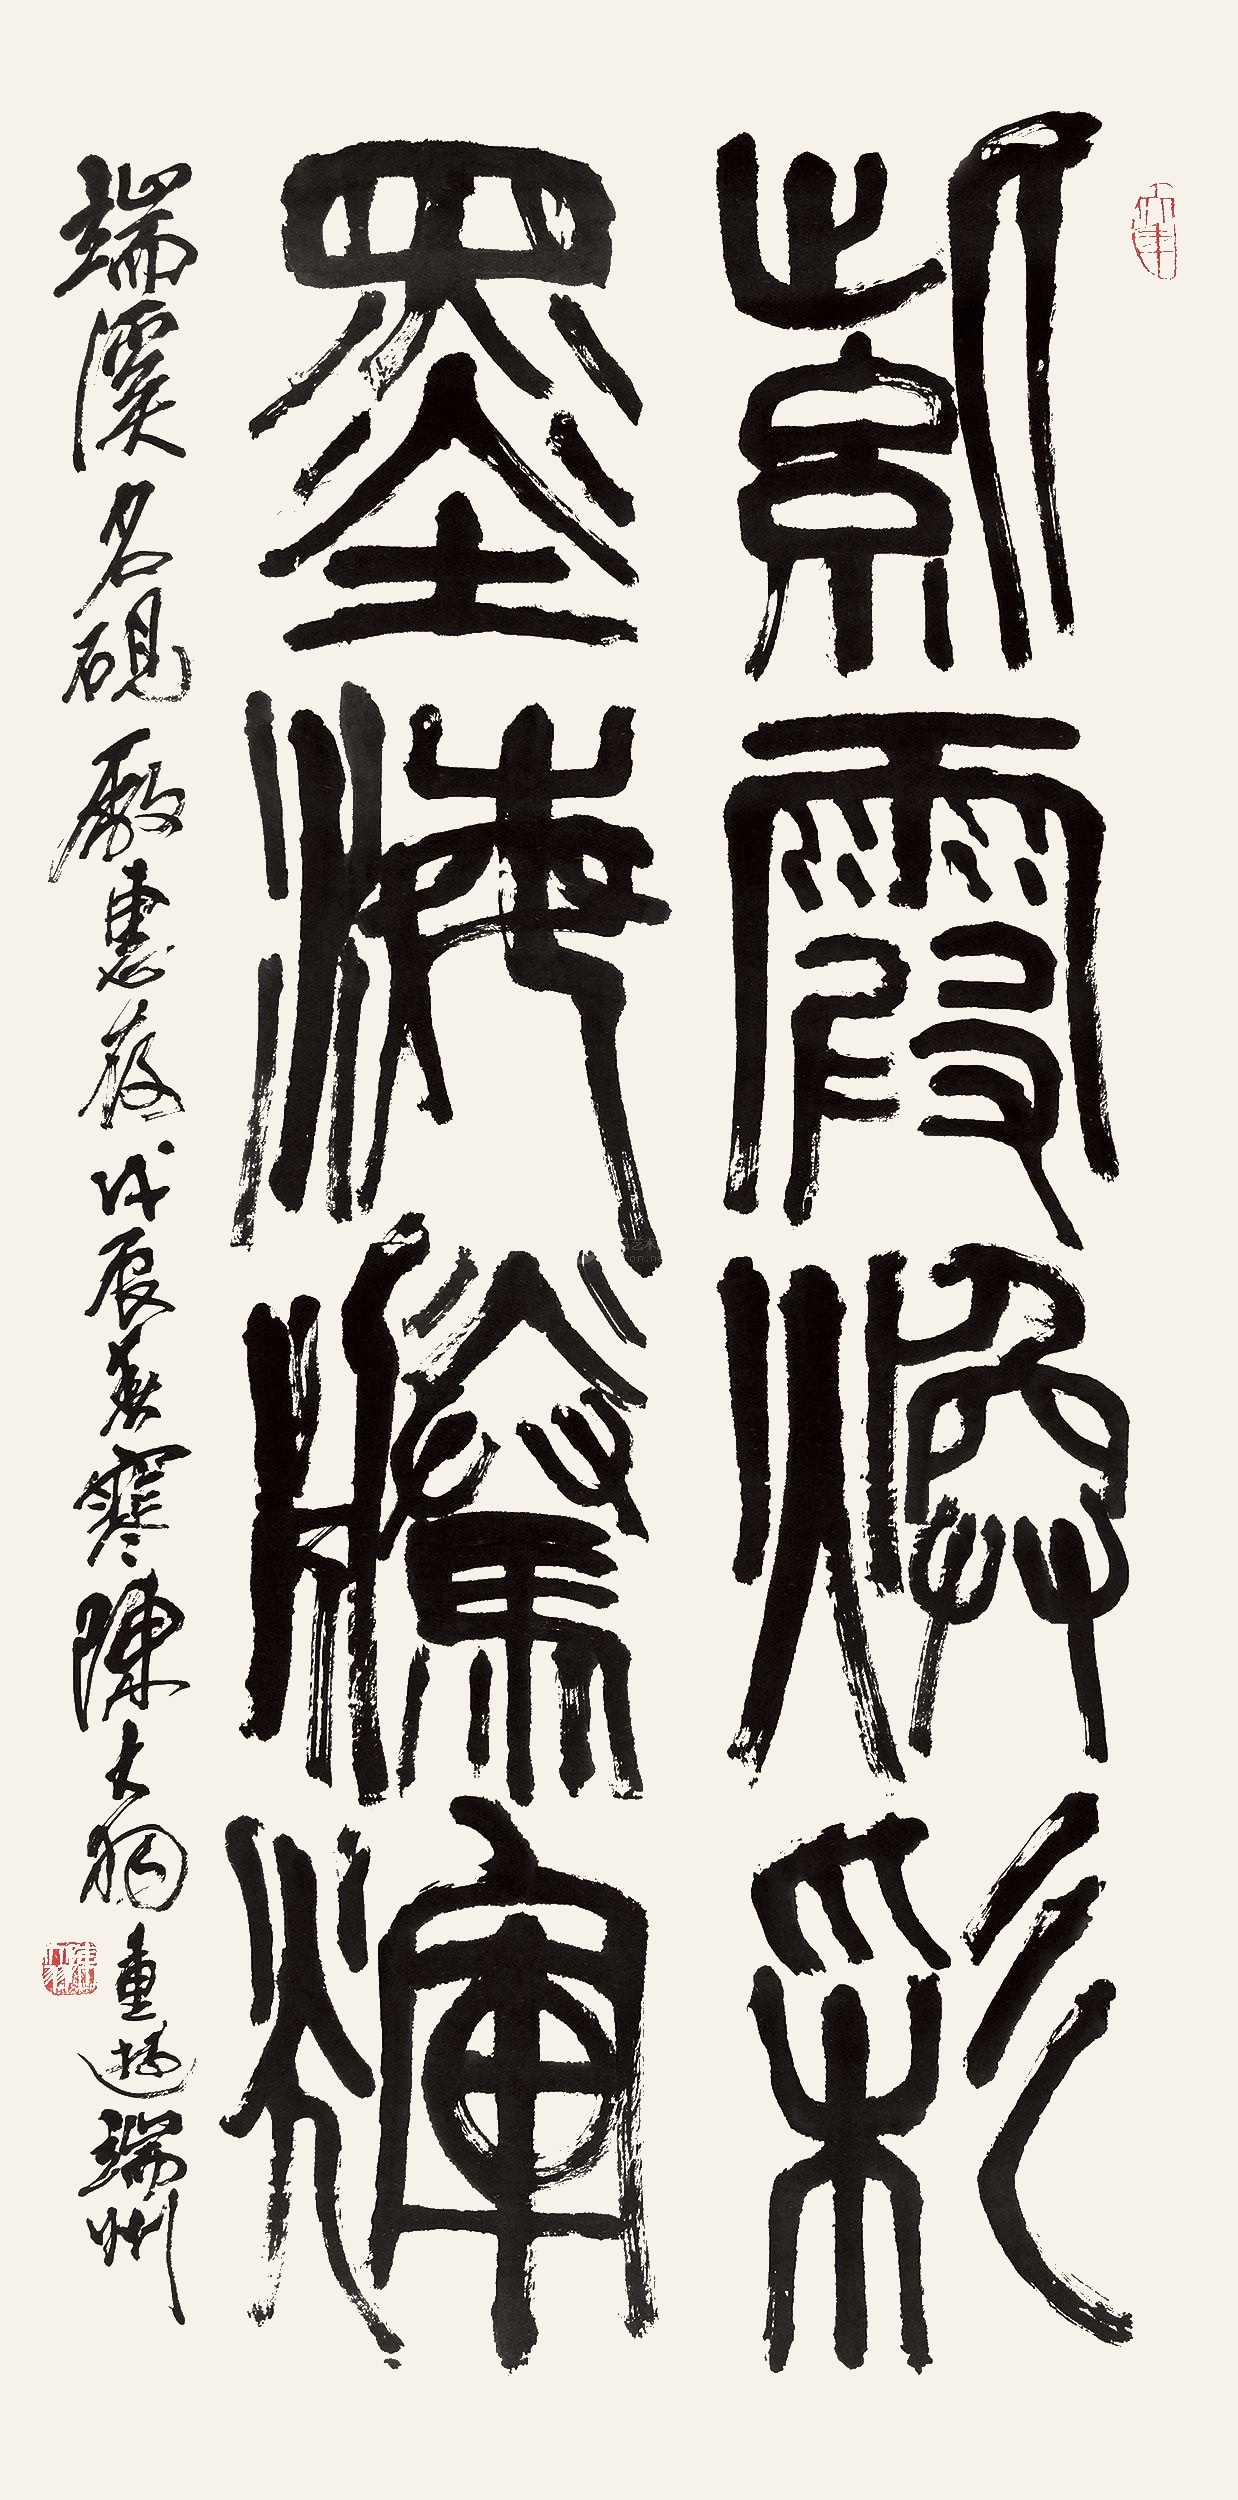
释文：紫霞焕彩，墨海腾辉。端溪名砚厂惠存。戊辰春寒，陈大羽重游端州。